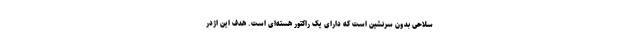
سلاحی بدون سرنشین است که دارای یک راکتور هسته‌ای است. هدف این اژدر